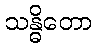
သန္ဓိတော